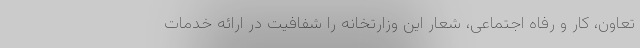
تعاون، کار و رفاه اجتماعی، شعار این وزارتخانه را شفافیت در ارائه خدمات